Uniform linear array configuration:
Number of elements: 16
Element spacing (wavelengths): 0.75
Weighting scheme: hamming
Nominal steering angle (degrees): -60
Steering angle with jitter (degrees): -60.667
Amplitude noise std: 0.05
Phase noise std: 0.05

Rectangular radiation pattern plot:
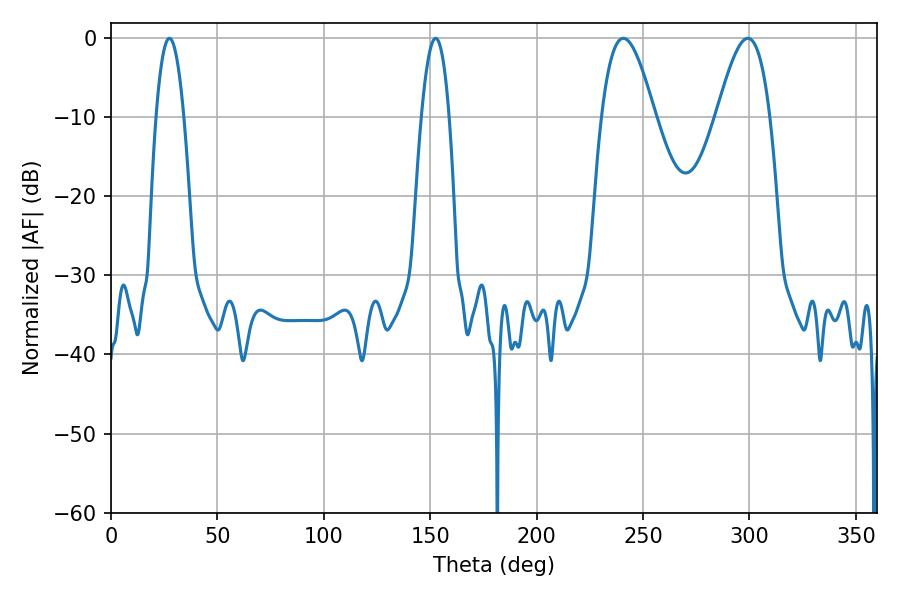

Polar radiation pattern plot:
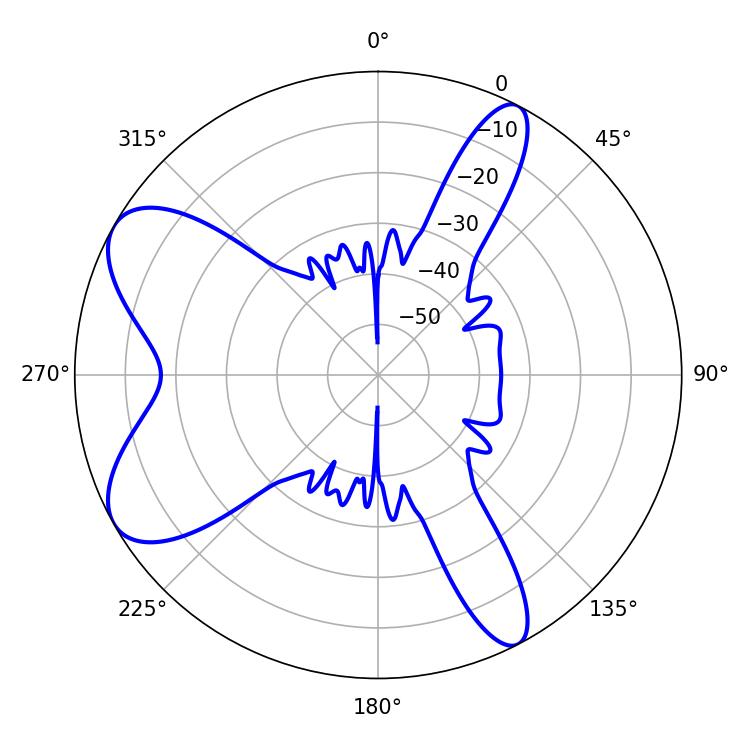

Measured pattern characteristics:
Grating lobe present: TRUE
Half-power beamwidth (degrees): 13.5
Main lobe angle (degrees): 240.66